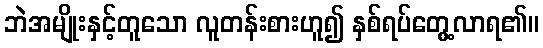
ဘဲအမျိုးနှင့်တူသော လူတန်းစားဟူ၍ နှစ်ရပ်တွေ့လာရ၏။